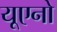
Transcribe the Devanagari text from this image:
यूएनो